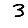
Digit: 3